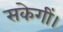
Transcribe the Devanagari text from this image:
सकेगीं।